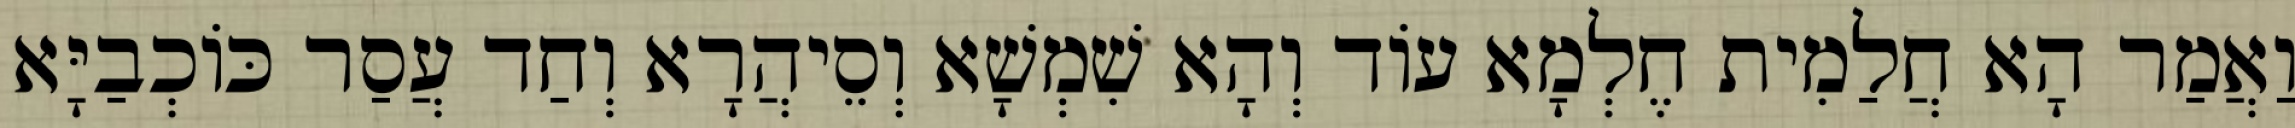
וַאֲמַר הָא חֲלַמִית חֶלְמָא עוֹד וְהָא שִׁמְשָׁא וְסֵיהֲרָא וְחַד עֲסַר כּוֹכְבַיָּא